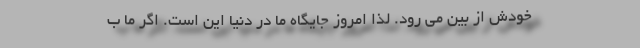
خودش از بین می رود. لذا امروز جایگاه ما در دنیا این است. اگر ما ب